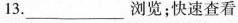
13.___浏览；快速查看